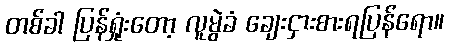
တစ်ခါ ပြန်ရှုံးတော့ လူမွဲခံ ချေးငှားစားရပြန်ရော။